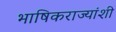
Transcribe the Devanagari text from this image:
भाषिकराज्यांशी